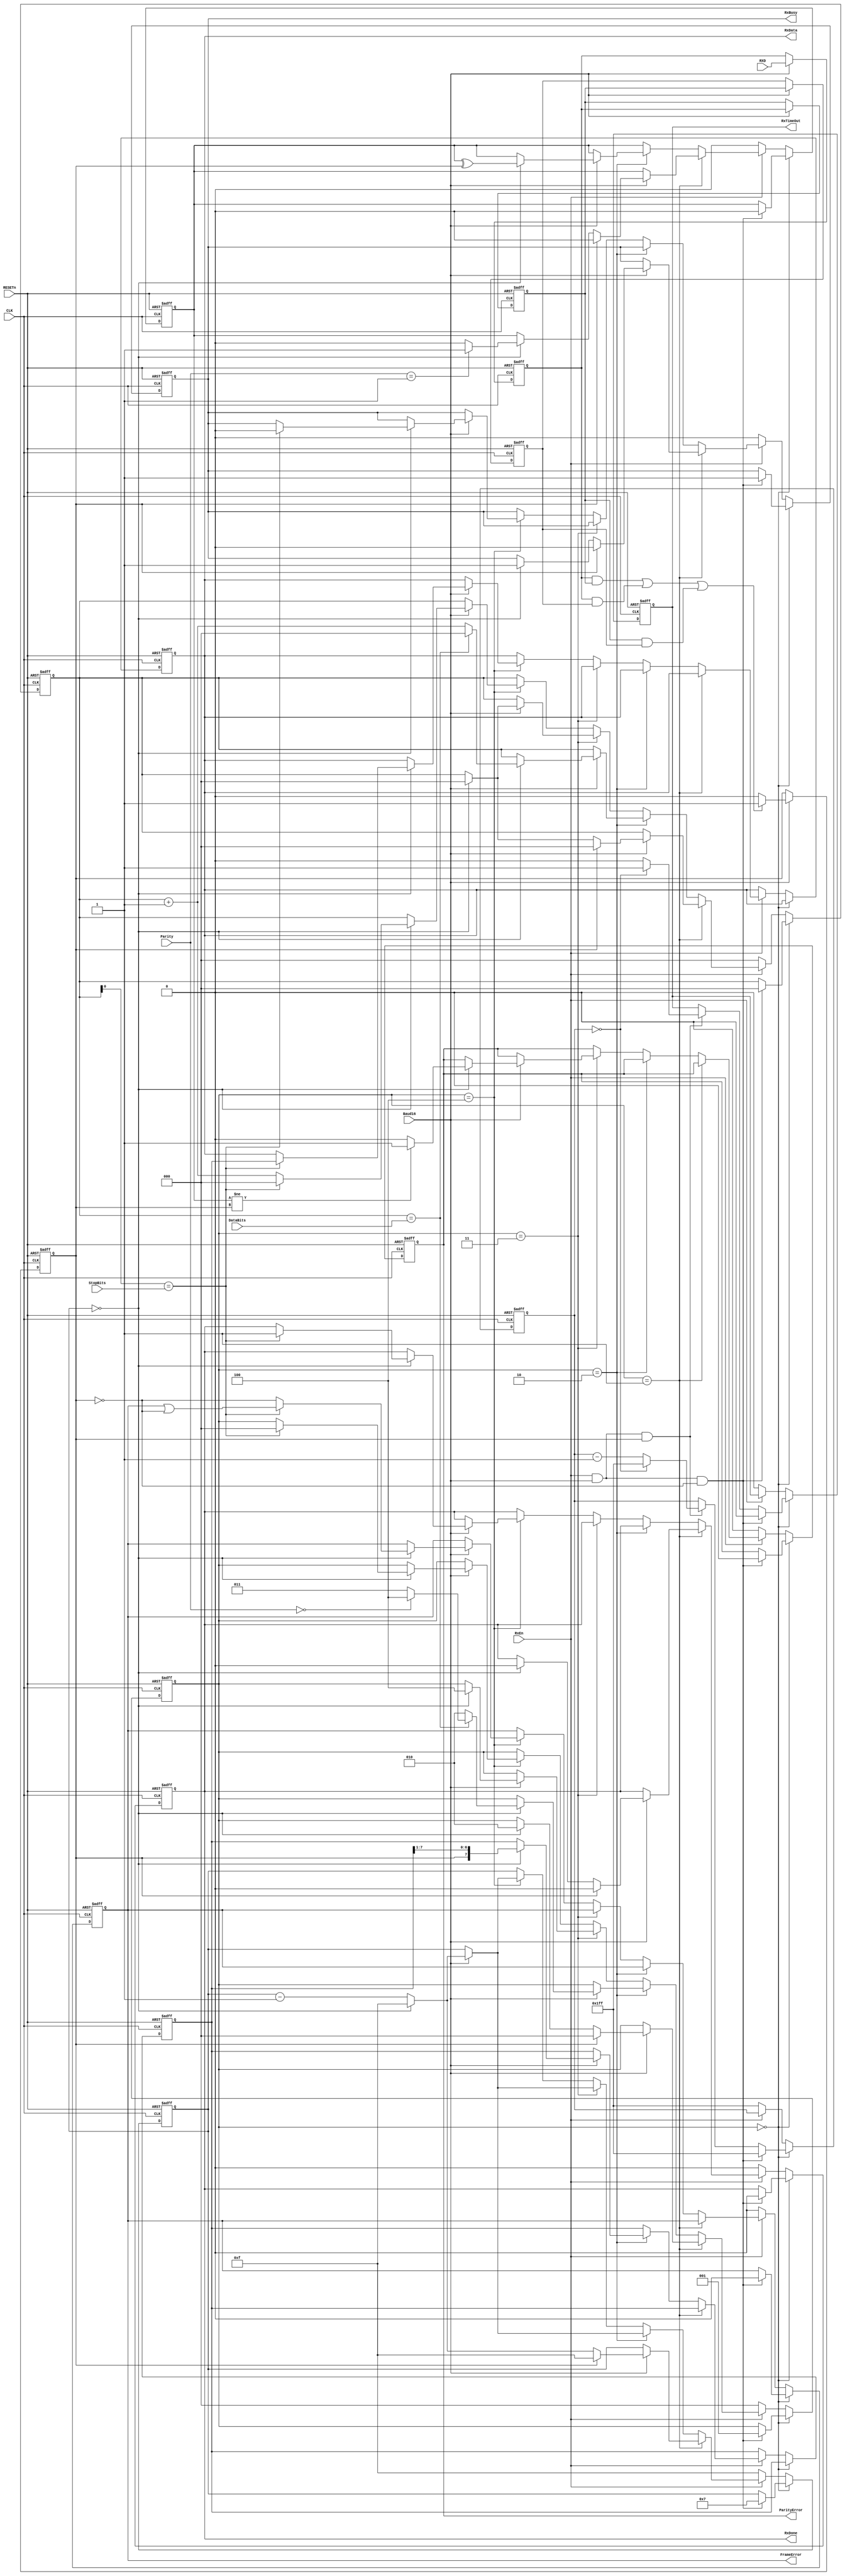
/********************************************************************************
 *																				*
 *		UartRXCtrl.v  Ver 0.1													*
 *																				*
 *		COPYRIGHT (C) SAMSUNG THALES CO., LTD. ALL RIGHTS RESERVED				*
 *																				*
 *		Designed by	Yoon Dong Joon												*
 *																				*
 ********************************************************************************
 *																				*
 *		Support Verilog 2001 Syntax												*
 *																				*
 *		Update history : 2007.05.22	 original authored (Ver.0.1)				*
 *																				*
 ********************************************************************************/	

`timescale 1ns/1ps		

`define ST_IDLE			3'b000
`define ST_START		3'b001
`define ST_DATA			3'b010
`define ST_PARITY		3'b011
`define ST_STOP			3'b100

`define DATA8			3'b111
`define DATA7			3'b110
`define DATA6			3'b101
`define DATA5			3'b100

`define PARITY_NONE		2'b00
`define PARITY_ODD		2'b01
`define PARITY_EVEN		2'b10

`define STOP1			1'b0
`define STOP2			1'b1


module UartRxCtrl(
	//---------------------------------------------------------------------------
	//	Clock and Reset Signals
	//---------------------------------------------------------------------------
	input 			CLK,
	input			RESETn,
	
	//---------------------------------------------------------------------------
	//	UART Control Signals
	//---------------------------------------------------------------------------
	input			Baud16,
	input			RxEn,
	
	input	[2:0]	DataBits,
	input	[1:0]	Parity,
	input			StopBits,
	
	//---------------------------------------------------------------------------
	//	UART Rx Signals
	//---------------------------------------------------------------------------
	input			RXD,
	
	output	[7:0]	RxData,
	
	output			RxBusy,
	output			RxDone,
	output			RxTimeOut,
	output			ParityError,
	output			FrameError
);

//-------------------------------------------------------------------------------
//	Internal Signals
//-------------------------------------------------------------------------------
reg 			d0_RXD;
reg 			d1_RXD;
reg 			d2_RXD;
reg 			iRXD;

reg		[2:0]	RxState;
reg		[7:0]	RxShiftReg;
reg		[3:0]	iBitPeriodCnt;
reg		[2:0]	iBitCnt;

reg				iRxTimeOut;
reg		[8:0]	iTimeOutCnt;

reg		[7:0]	iRxData;
reg				iParity;
reg				iRxBusy;
reg				iRxDone;

reg				iParityError;
reg				iFrameError;

//-------------------------------------------------------------------------------
//	External RXD Syncronize
//-------------------------------------------------------------------------------
always@(posedge CLK, negedge RESETn)
begin
	if(!RESETn) begin
		d0_RXD	<= 1'b1;
		d1_RXD	<= 1'b1;
		d2_RXD	<= 1'b1;
		iRXD	<= 1'b1;
	end
	else begin
		if(Baud16) begin
			if( (d0_RXD && d1_RXD) || (d0_RXD && d2_RXD) || (d1_RXD && d2_RXD) ) begin
				iRXD	<= 1'b1;
			end
			else begin
				iRXD	<= 1'b0;
			end

			d0_RXD	<= RXD;
			d1_RXD	<= d0_RXD;
			d2_RXD	<= d1_RXD;
		end
	end
end

//-------------------------------------------------------------------------------
//	RX State Machine
//-------------------------------------------------------------------------------      
always@(posedge CLK, negedge RESETn)
begin                               
	if(!RESETn) begin
		iBitPeriodCnt	<= 4'd15;	
		iBitCnt			<= 3'd0;	
		iTimeOutCnt		<= 9'd511;
		iRxData			<= 8'd0;
		RxShiftReg		<= 8'd0;
		iParity			<= 1'b0;
		iRxBusy			<= 1'b0;
		iRxDone			<= 1'b0;
		iRxTimeOut		<= 1'b0;
		iParityError	<= 1'b0;
		iFrameError		<= 1'b0;
		RxState			<= `ST_IDLE;
	end
	else begin
		if(RxState == `ST_IDLE) begin
			if(RxEn && Baud16 && !iRXD) begin
				iBitPeriodCnt	<= 4'd7;
				iBitCnt			<= 4'd0;
				iTimeOutCnt		<= 9'd511;
				iParity			<= 1'b0;
				iRxBusy			<= 1'b1;
				iRxDone			<= 1'b0;
				iRxTimeOut		<= 1'b0;
				iParityError	<= 1'b0;
				iFrameError		<= 1'b0;
				RxState			<= `ST_START;
			end
			else if(RxEn && Baud16 && iRXD) begin
				if(iTimeOutCnt == 0) begin
					iTimeOutCnt	<= 9'd511;
					iRxTimeOut	<= 1'b1;
				end
				else begin
					iTimeOutCnt	<= iTimeOutCnt - 1;
					iRxTimeOut	<= 1'b0; 
				end
			end				
		end
		else if(RxEn) begin 
			if(RxState == `ST_START) begin
				if(Baud16) begin
					if(iRXD) begin
						iBitPeriodCnt	<= 4'd15;	
						iBitCnt			<= 3'd0;	
						iParity			<= 1'b0;
						iRxBusy			<= 1'b0;
						iRxDone			<= 1'b0;
						RxState			<= `ST_IDLE;
					end
					else if(iBitPeriodCnt == 0) begin		
						iBitPeriodCnt	<= 4'd15;
						iBitCnt			<= 4'd0;
						if(Parity == `PARITY_ODD) begin 
							iParity		<= 1'b1;
						end
						else begin
							iParity		<= 1'b0;
						end
						iRxBusy			<= 1'b1;
						iRxDone			<= 1'b0;
						RxState			<= `ST_DATA;
					end
					else begin
						iBitPeriodCnt	<= iBitPeriodCnt - 1;
					end
				end		
			end
			else if(RxState == `ST_DATA) begin
				if(Baud16) begin
					if(iBitPeriodCnt == 0) begin		
						if(iBitCnt == DataBits) begin
							iBitPeriodCnt	<= 4'd15;
							iBitCnt			<= 4'd0;
							RxShiftReg		<= {iRXD, RxShiftReg[7:1]};
							iParity			<= iParity ^ iRXD;
							if(Parity == `PARITY_NONE) begin 
								RxState			<= `ST_STOP;
							end
							else begin
								RxState			<= `ST_PARITY;
							end
						end
						else begin
							iBitPeriodCnt	<= 4'd15;
							iBitCnt			<= iBitCnt + 1;
							RxShiftReg		<= {iRXD, RxShiftReg[7:1]};
							iParity			<= iParity ^ iRXD;
							RxState			<= `ST_DATA;
						end
					end
					else begin
						iBitPeriodCnt	<= iBitPeriodCnt - 1;
					end
				end		
			end
			else if(RxState == `ST_PARITY) begin
				if(Baud16) begin
					if(iBitPeriodCnt == 0) begin		
						iBitPeriodCnt	<= 4'd15;
						iBitCnt			<= 4'd0;
						if(iParity != iRXD) begin
							iParityError	<= 1'b1;
						end
						else begin
							iParityError	<= 1'b0;
						end
						RxState			<= `ST_STOP;
					end
					else begin
						iBitPeriodCnt	<= iBitPeriodCnt - 1;
					end
				end				
			end
			else if(RxState == `ST_STOP) begin
				if(Baud16) begin
					if(iBitPeriodCnt == 0) begin		
						if(iBitCnt[0] == StopBits) begin
							iBitPeriodCnt	<= 4'd15;
							iBitCnt			<= 4'd0;
							iFrameError 	<= iFrameError | (!iRXD);
							iRxData			<= RxShiftReg;
							iRxBusy			<= 1'b0;
							iRxDone			<= 1'b1;
							RxState			<= `ST_IDLE;
						end
						else begin
							iBitPeriodCnt	<= 4'd15;
							iBitCnt			<= iBitCnt + 1;
							iFrameError		<= !iRXD;		
						end
					end
					else begin
						iBitPeriodCnt	<= iBitPeriodCnt - 1;
					end
				end		
			end
		end
		else begin
			iBitPeriodCnt	<= 4'd15;	
			iBitCnt			<= 3'd0;	
			iTimeOutCnt		<= 9'd511;
			iParity			<= 1'b0;
			iRxBusy			<= 1'b0;
			iRxDone			<= 1'b0;
			iRxTimeOut		<= 1'b0;
			iParityError	<= 1'b0;
			iFrameError		<= 1'b0;
			RxState			<= `ST_IDLE;
		end
	end
end

assign RxData		= iRxData;
assign RxBusy		= iRxBusy;
assign RxDone		= iRxDone;
assign RxTimeOut	= iRxTimeOut;
assign ParityError	= iParityError;
assign FrameError	= iFrameError;

endmodule